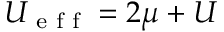
U _ { \textrm { e f f } } = 2 \mu + U